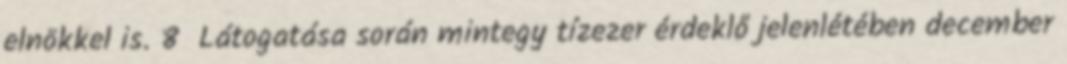
elnökkel is. 8 Látogatása során mintegy tízezer érdeklő jelenlétében december